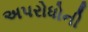
અપરોધોની